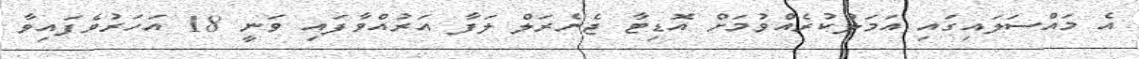
އެ މައްސަލައިގައި އަމަލުކުރެއްވުމަށް އޮޑިޓާ ޖެނެރަލް ލަފާ އަރުއްވާފައި ވަނީ 18 އަހަރުވެފައިވާ